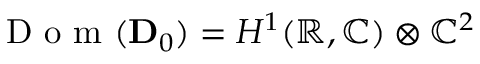
\mathrm { ~ D ~ o ~ m ~ } ( \ensuremath { \mathbf { D } } _ { 0 } ) = H ^ { 1 } ( \mathbb { R } , \mathbb { C } ) \otimes \mathbb { C } ^ { 2 }